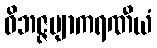
ဝိဘဇ္ဇဗျာကရဏီယံ